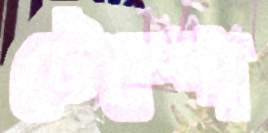
টেম্পো